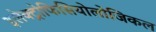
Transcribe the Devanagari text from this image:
इलेक्ट्रोफिसियोलोजिकल